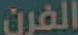
الفرن